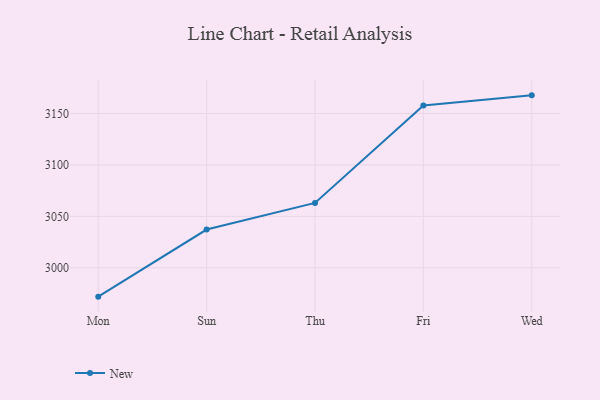
{"axis": {"x": "Day", "y": "Bounce Rate (%)"}, "legend": ["New"], "data": [{"x": "Mon", "y": 2972.0, "type": "New"}, {"x": "Sun", "y": 3037.2, "type": "New"}, {"x": "Thu", "y": 3063.1, "type": "New"}, {"x": "Fri", "y": 3157.8, "type": "New"}, {"x": "Wed", "y": 3167.6, "type": "New"}]}